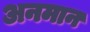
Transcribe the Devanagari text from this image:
अनमान